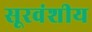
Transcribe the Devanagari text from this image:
सूरवंशीय